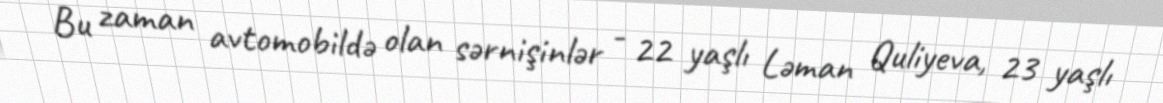
Bu zaman avtomobildə olan sərnişinlər - 22 yaşlı Ləman Quliyeva, 23 yaşlı